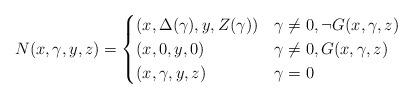
LaTeX: \begin{align*}N(x, \gamma, y, z)=\begin{cases}(x, \Delta(\gamma), y, Z(\gamma)) & \gamma \neq 0, \neg G(x, \gamma, z) \\(x, 0, y, 0) & \gamma \neq 0, G(x, \gamma, z) \\(x, \gamma, y, z) & \gamma=0\end{cases} \end{align*}